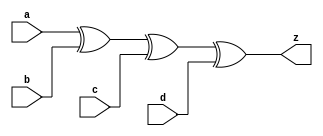
// This program was cloned from: https://github.com/siliconcompiler/lambdalib
// License: MIT License

//#############################################################################
//# Function: 4-Input XOR Gate                                                #
//# Copyright: Lambda Project Authors. All rights Reserved.                   #
//# License:  MIT (see LICENSE file in Lambda repository)                     #
//#############################################################################

module la_xor4 #(
    parameter PROP = "DEFAULT"
) (
    input  a,
    input  b,
    input  c,
    input  d,
    output z
);

    assign z = a ^ b ^ c ^ d;

endmodule